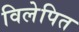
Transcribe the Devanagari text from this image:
विलेपित